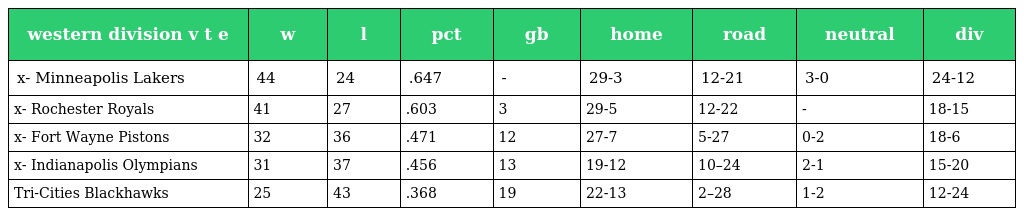
| western division v t e | w | l | pct | gb | home | road | neutral | div |
 | --- | --- | --- | --- | --- | --- | --- | --- | --- |
 | x- Minneapolis Lakers | 44 | 24 | .647 | - | 29-3 | 12-21 | 3-0 | 24-12 |
 | x- Rochester Royals | 41 | 27 | .603 | 3 | 29-5 | 12-22 | - | 18-15 |
 | x- Fort Wayne Pistons | 32 | 36 | .471 | 12 | 27-7 | 5-27 | 0-2 | 18-6 |
 | x- Indianapolis Olympians | 31 | 37 | .456 | 13 | 19-12 | 10–24 | 2-1 | 15-20 |
 | Tri-Cities Blackhawks | 25 | 43 | .368 | 19 | 22-13 | 2–28 | 1-2 | 12-24 |